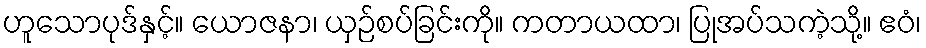
ဟူသောပုဒ်နှင့်။ ယောဇနာ၊ ယှဉ်စပ်ခြင်းကို။ ကတာယထာ၊ ပြုအပ်သကဲ့သို့။ ဧဝံ၊